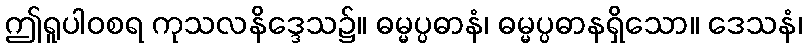
ဤရူပါဝစရ ကုသလနိဒ္ဒေသ၌။ ဓမ္မပ္ပဓာနံ၊ ဓမ္မပ္ပဓာနရှိသော။ ဒေသနံ၊